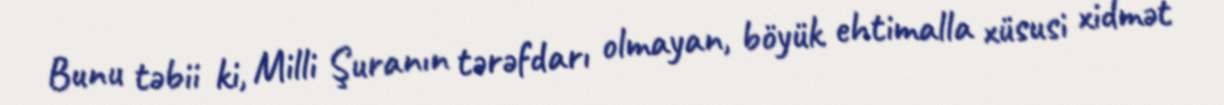
Bunu təbii ki, Milli Şuranın tərəfdarı olmayan, böyük ehtimalla xüsusi xidmət